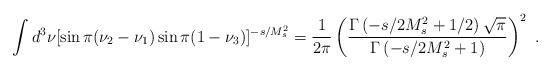
LaTeX: \begin{align*}\int d^3\nu[\sin\pi(\nu_2-\nu_1)\sin\pi(1-\nu_3)]^{-s/M_s^2}={{1}\over{2\pi}}\left({{\Gamma\left(-s/2M_s^2+1/2 \right)\sqrt{\pi}}\over{\Gamma\left(-s/2M_s^2+1\right)}}\right)^2 \ . \end{align*}